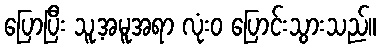
ပြောပြီး သူ့အမူအရာ လုံးဝ ပြောင်းသွားသည်။